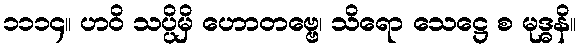
၁၁၁၄။ ဟဝိ သပ္ပိမှိ ဟောတဗ္ဗေ၊ သိရော သေဋ္ဌေ စ မုဒ္ဓနိ။